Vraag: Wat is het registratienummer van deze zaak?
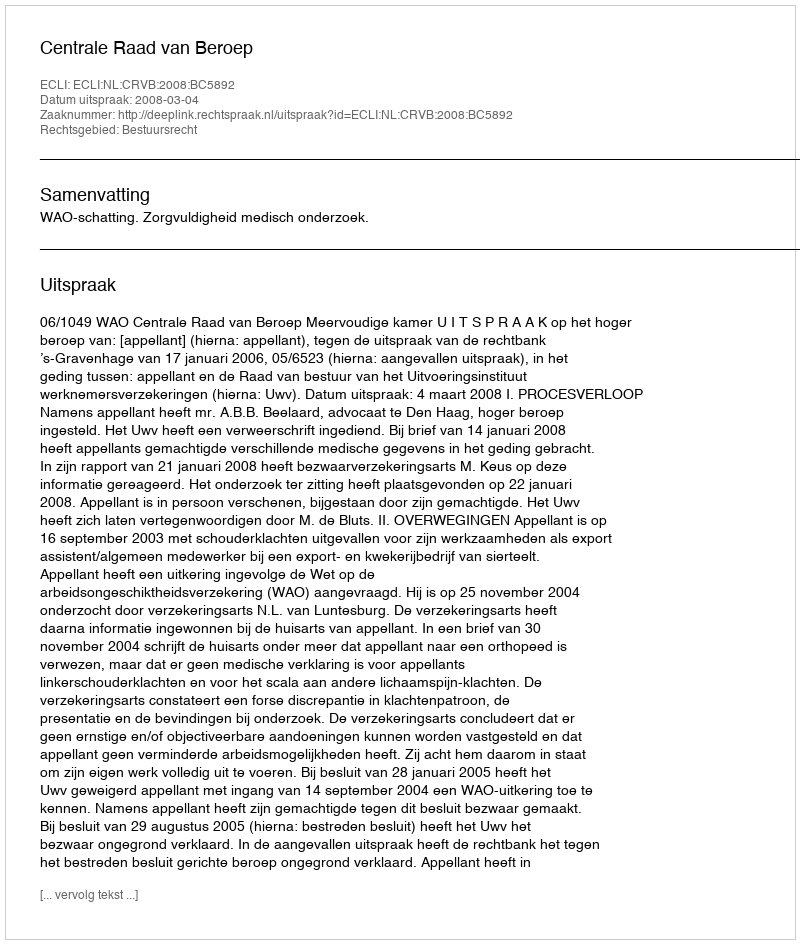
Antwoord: http://deeplink.rechtspraak.nl/uitspraak?id=ECLI:NL:CRVB:2008:BC5892